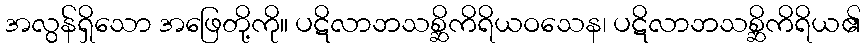
အလွန်ရှိသော အဖြေတို့ကို။ ပဋိလာဘသစ္ဆိကိရိယဝသေန၊ ပဋိလာဘသစ္ဆိကိရိယ၏